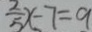
\frac { 2 } { 5 } x - 7 = 9